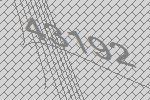
43192